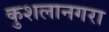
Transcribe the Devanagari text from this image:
कुशलानगरा